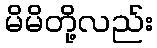
မိမိတို့လည်း